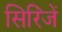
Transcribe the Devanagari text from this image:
सिरिंजें